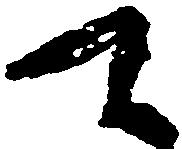
て